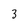
Character: 3